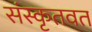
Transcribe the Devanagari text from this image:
संस्कृतवत